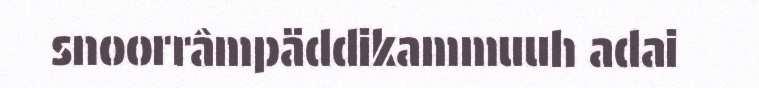
snoorrâmpäddikammuuh adai